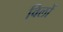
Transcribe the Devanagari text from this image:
विलों